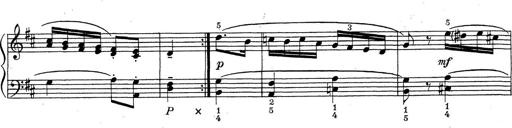
Title: ÄŒeskÃ© Sonatiny
Composer: Various